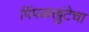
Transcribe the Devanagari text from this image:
पिंपळखुंटेचा